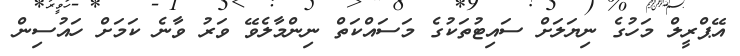
އޭޕްރީލް މަހުގެ ނިޔަލަށް ސައިޓުތަކުގެ މަސައްކަތް ނިންމާލެވޭ ވަރު ވާނެ ކަމަށް ހައުސިން